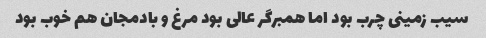
سیب زمینی چرب بود اما همبرگر عالی بود مرغ و بادمجان هم خوب بود